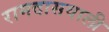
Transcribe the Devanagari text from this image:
रामदासवाली